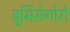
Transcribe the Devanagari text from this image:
बुमिसेगोरो